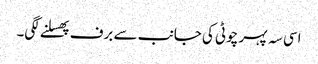
اسی سہ پہر چوٹی کی جانب سے برف پھسلنے لگی۔